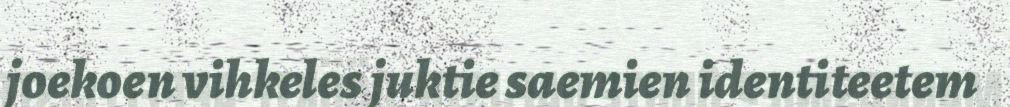
joekoen vihkeles juktie saemien identiteetem